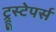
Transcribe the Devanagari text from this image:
ट्रूस्टेपर्स